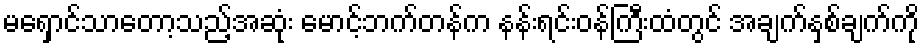
မရှောင်သာတော့သည့်အဆုံး မောင့်ဘက်တန်က နန်းရင်းဝန်ကြီးထံတွင် အချက်နှစ်ချက်ကို